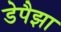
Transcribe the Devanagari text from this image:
डेपैझा